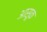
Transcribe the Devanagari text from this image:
आसूक